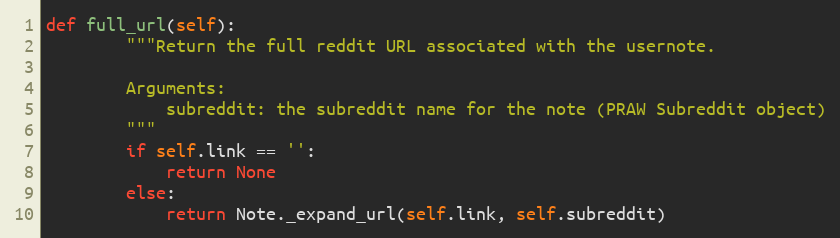
Language: Python
def full_url(self):
        """Return the full reddit URL associated with the usernote.

        Arguments:
            subreddit: the subreddit name for the note (PRAW Subreddit object)
        """
        if self.link == '':
            return None
        else:
            return Note._expand_url(self.link, self.subreddit)